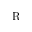
\textrm { R }